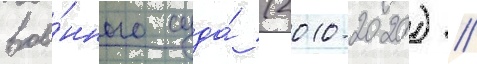
вое́нного суда́ (2010-2020) //